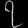
Digit: ၇